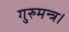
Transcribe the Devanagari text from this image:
गुरुमन्त्र।